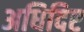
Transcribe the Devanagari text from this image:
अधिदिष्ट